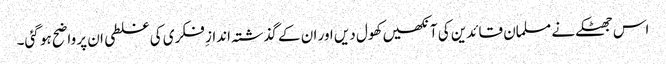
اس جھٹکے نے مسلمان قائدین کی آنکھیں کھول دیں اور ان کے گذشتہ اندازِ فکری کی غلطی ان پر واضح ہو گئی۔